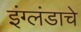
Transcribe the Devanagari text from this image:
इंग्लंडाचे